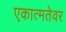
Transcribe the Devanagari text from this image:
एकात्मतेवर